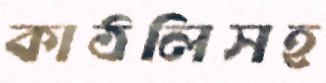
কাঠলিসহ